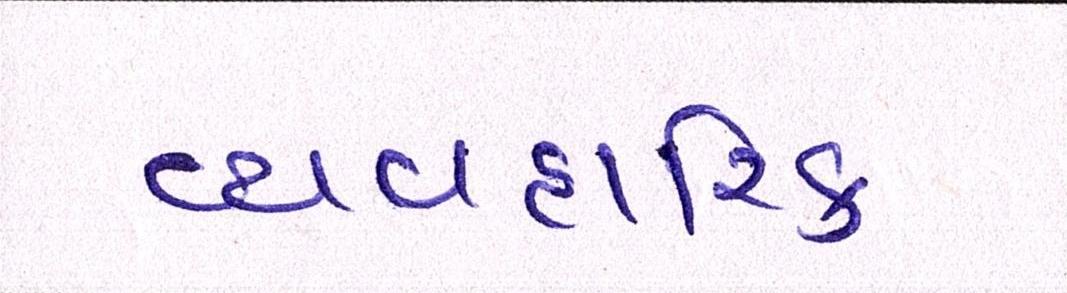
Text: વ્યવહારિક